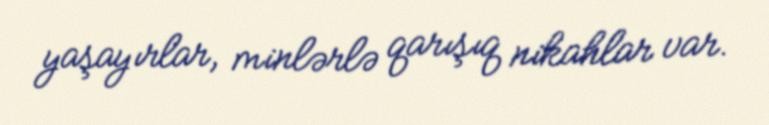
yaşayırlar, minlərlə qarışıq nikahlar var.